Burma Government Medical School reports 1923-41
Year: 1923
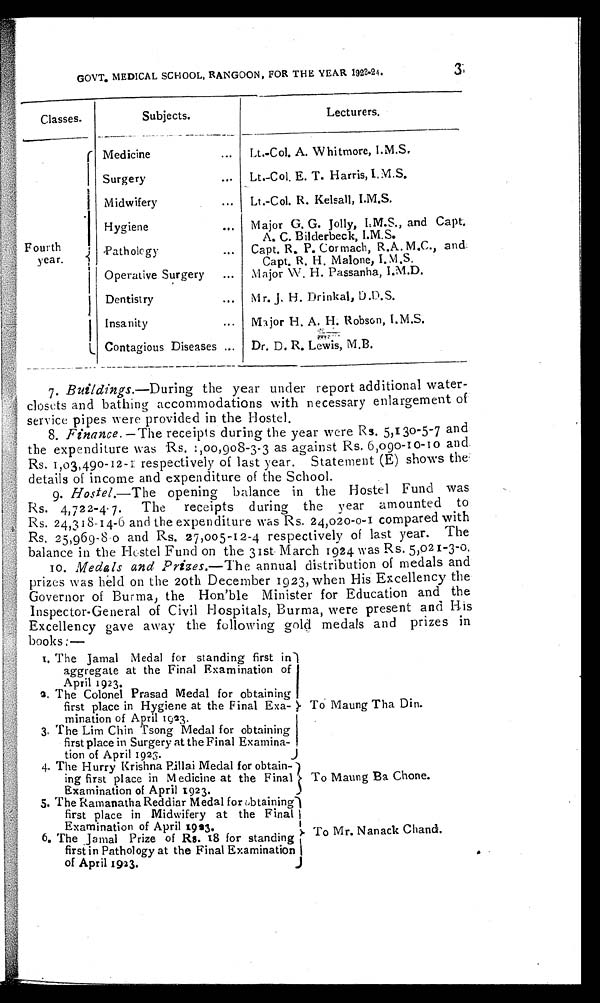
3
GOVT. MEDICAL SCHOOL, RANGOON, FOR THE YEAR 1923-24.
Classes.
Subjects.
Lecturers.
Fourth
year.
Medicine . . .
Lt.-Col. A. Whitmore, I.M.S.
Surgery . . .
Lt.-Col. E. T. Harris, I.M.S.
Midwifery . . .
Lt.-Col. R. Kelsall, I.M.S.
Hygiene . . .
Major G. G. Jolly, I.M.S., and Capt.
A. C. Bilderbeck, I.M.S.
P a t h o l o g y . . .
Capt. R. P. Cormach, R.A. M.C., and
Capt. R. H. Malone, I.M.S.
Operative Surgery . . .
Major W. H. Passanha, I.M.D.
Dentistry . . .
M r. J. H. Drinkal, D.D.S.
Insanity . . .
Major H. A. H. Robson, I.M.S.
Contagious Diseases . . . Dr. D. R. Lewis, M.B.
7. Buildings .—During the year under report additional water
- c l o s e t s a n d b a t h i n g a c c o m m o d a t i o n s w i t h n e c e s s a r y e n l a r g e m e n t o f
service pipes were provided in the Hostel.
8. Finance .—The receipts during the year were Rs. 5,130-5-7 and
the expenditure was Rs. 1,00,908-3-3 as against Rs. 6,090-10-10 and
Rs. 1,03,490-12-1 respectively of last year. Statement (E) shows the
details of income and expenditure of the School.
9. Hostel .—The opening balance in the Hostel Fund was
Rs. 4,722-4.7. The receipts during the year amounted to
Rs. 24,318-14-6 and the expenditure was 24,020-0-1 compared with
Rs. 25,969-8-0 and Rs. 27,005-12-4 respectively of last year. The
balance in the Hostel Fund on the 31st March 1924 was Rs. 5,021-3-0.
10.
Medals and Prizes .—The annual distribution of medals and
prizes was held on the 20th December 1923, when His Excellency the
Governor of Burma, the Hon'ble Minister for Education and the
Inspector-General of Civil Hospitals, Burma, were present and His
Excellency gave away the following gold medals and prizes in
books:—
1. The Jamal Medal for standing first in
aggregate at the Final Examination of
April 1923.
To Maung Tha Din.
2. The Colonel Prasad Medal for obtaining
first place in Hygiene at the Final Exa-
mination of April 1923.
3 . T h e L i m C h i n T s o n g M e d a l f o r o b t a i n i n g
first place in Surgery at the Final Examina-
tion of April 1923.
4. The Hurry Krishna pillai Medal for obtain-
ing first place in Medicine at the Final
Examination of April 1923.
To Maung Ba Chone.
5. The Ramanatha Reddiar Medal for obtaining
first place in Midwifery at the Final
Examination of April 1923.
To Mr. Nanack Chand
.
6. The Jamal Prize of Rs. 18 for standing
first in Pathology at the Final Examination
of April 1923.